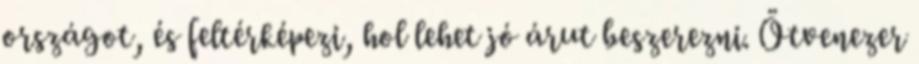
országot, és feltérképezi, hol lehet jó árut beszerezni. Ötvenezer